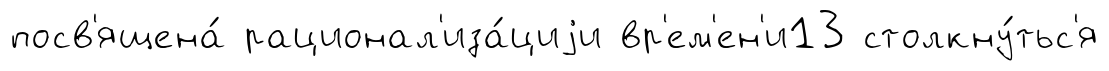
посв'ящена́ рационал'иза́циjи вр'ем'ен'и13 столкну́тьс'я